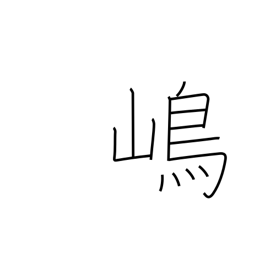
Meaning: island